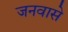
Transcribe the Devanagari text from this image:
जनवासे